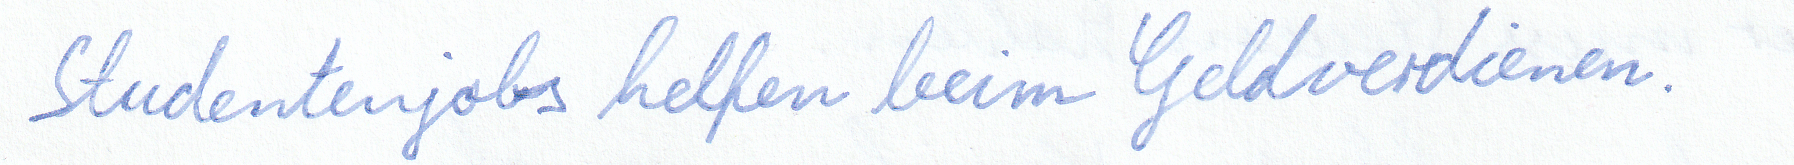
Studentenjobs helfen beim Geldverdienen.